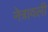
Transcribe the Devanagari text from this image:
नेत्रावली